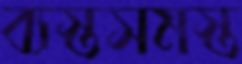
ব্যস্তসমস্ত